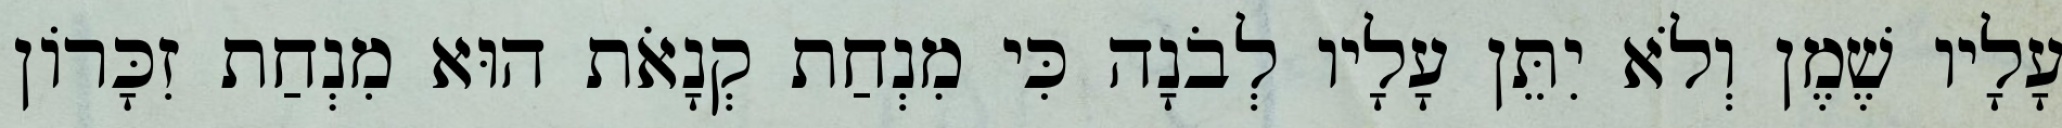
עָלָיו שֶׁמֶן וְלֹא יִתֵּן עָלָיו לְבֹנָה כִּי מִנְחַת קְנָאֹת הוּא מִנְחַת זִכָּרוֹן